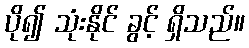
ပို၍ သုံးနိုင် ခွင့် ရှိသည်။